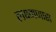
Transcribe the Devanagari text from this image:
लक्ष्मणास